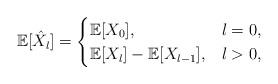
LaTeX: \begin{align*}\mathbb{E}[\hat{X}_{l}]=\begin{cases}\mathbb{E}[X_{0}],& l=0, \\\mathbb{E}[X_{l}]-\mathbb{E}[X_{l-1}],& l>0 ,\end{cases}\end{align*}